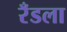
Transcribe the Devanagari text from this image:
रँडला